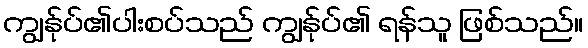
ကျွန်ုပ်၏ပါးစပ်သည် ကျွန်ုပ်၏ ရန်သူ ဖြစ်သည်။